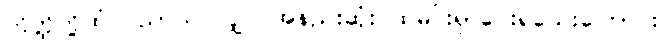
တိတ္ထိတို့ထံ ပညာသင်လျှင် အနည်းဆုံး ထမင်းရှာပေးရသေးကြောင်း